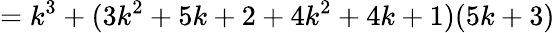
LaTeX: =k^{3}+(3k^{2}+5k+2+4k^{2}+4k+1)(5k+3)